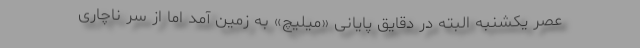
عصر یکشنبه البته در دقایق پایانی «میلیچ» به زمین آمد اما از سر ناچاری